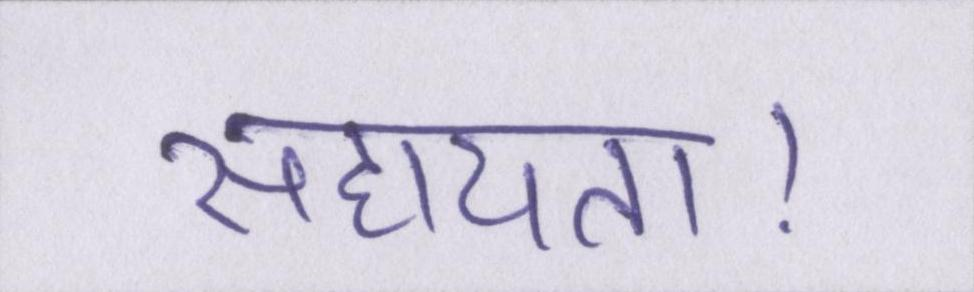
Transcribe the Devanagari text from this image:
सहायता।